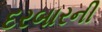
દરબારની